Indian journal of veterinary science and animal husbandry - Volume 8,
Year: 1938
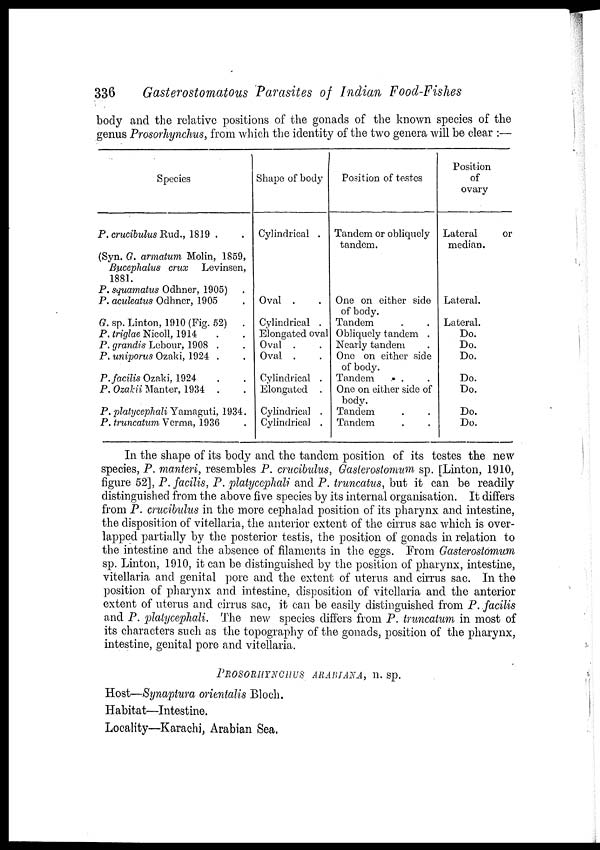
336
Gasterostomatous Parasites of Indian Food-Fishes
body and the relative positions of the gonads of the known species of the
genus Prosorhynchus, from which the identity of the two genera will be clear :—
Species
P. crucibulus Rud., 1819 . .
(Syn. G. armatum Molin, 1859,
Bucephalus crux
Levinsen,
1881.
P. squamatus Odhner, 1905) .
P. aculealus Odhner, 1905 .
G. sp. Linton, 1910 (Fig. 52)
.
P. triglae Nicoll, 1914 . .
P. grandis Lebour, 1908 . .
P. uniporus Ozaki, 1924 . .
P.facilis Ozaki. 1924 . .
P. Ozakii Manter, 1934 . .
P. platycephali Yamaguti, 1934.
P. truncatum Verma, 1936 .
Shape of body
Cylindrical .
Oval . .
Cylindrical .
Elongated oval
Oval . .
Oval . .
Cylindrical .
Elongated .
Cylindrical .
Cylindrical .
Position of testes
Tandem or obliquely
tandem.
One on either side
of body.
Tandem . .
Obliquely tandem .
Nearly tandem .
One on either side
of body.
Tandem . .
One on either side of
body.
Tandem
Tandem
Position
of
ovary
Lateral
or
median.
Lateral.
Lateral.
Do.
Do.
Do.
Do.
Do.
Do.
Do.
In the shape of its body and the tandem position of its testes the new
species, P. manteri, resembles P. crucibulus, Gasterostomum sp. [Linton, 1910,
figure 52], P. facilis, P. platyeephali and P. truncatus, but it can be readily
distinguished from the above five species by its internal organisation. It differs
from P. crucibulus in the more cephalad position of its pharynx and intestine,
the disposition of vitellaria, the anterior extent of the cirrus sac which is over-
lapped partially by the posterior testis, the position of gonads in relation to
the intestine and the absence of filaments in the eggs. From Gasterostomum
sp. Linton, 1910, it can be distinguished by the position of pharynx, intestine,
vitellaria and genital pore and the extent of uterus and cirrus sac. In the
position of pharynx and intestine, disposition of vitellaria and the anterior
extent of uterus and cirrus sac, it can be easily distinguished from P. facilis
and P. platycephali. The new species differs from P. truncatum in most of
its characters such as the topography of the gonads, position of the pharynx,
intestine, genital pore and vitellaria.
PROSORHYNCHUS ARABIANA, n. sp.
Host—Synaptura orientalis Bloch.
Habitat—Intestine.
Locality—Karachi, Arabian Sea.